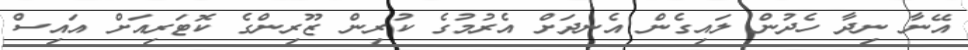
އޭނާ ނިދާ ހެދުން ލައިގެން އެނދަށް އެރުމުގެ ކުރިން ޒޫރިންގެ ކޮޓަރިއަށް އައިސް